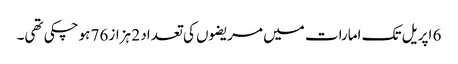
6 اپریل تک امارات میں مریضوں کی تعداد 2 ہزاز 76 ہوچکی تھی۔